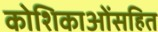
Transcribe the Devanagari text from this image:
कोशिकाओंसहित